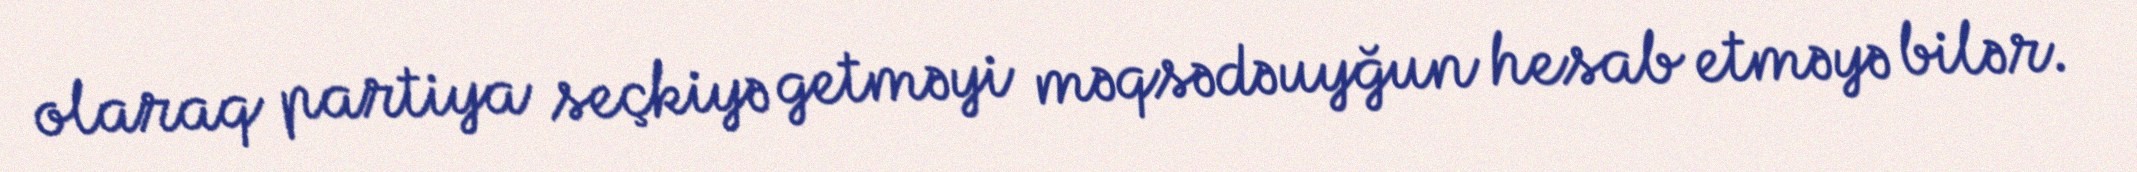
olaraq partiya seçkiyə getməyi məqsədəuyğun hesab etməyə bilər.